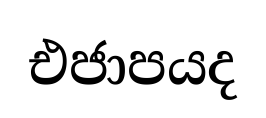
එජාපයද